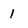
Character: 1